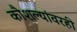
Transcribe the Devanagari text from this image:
कौशल्यांवरही